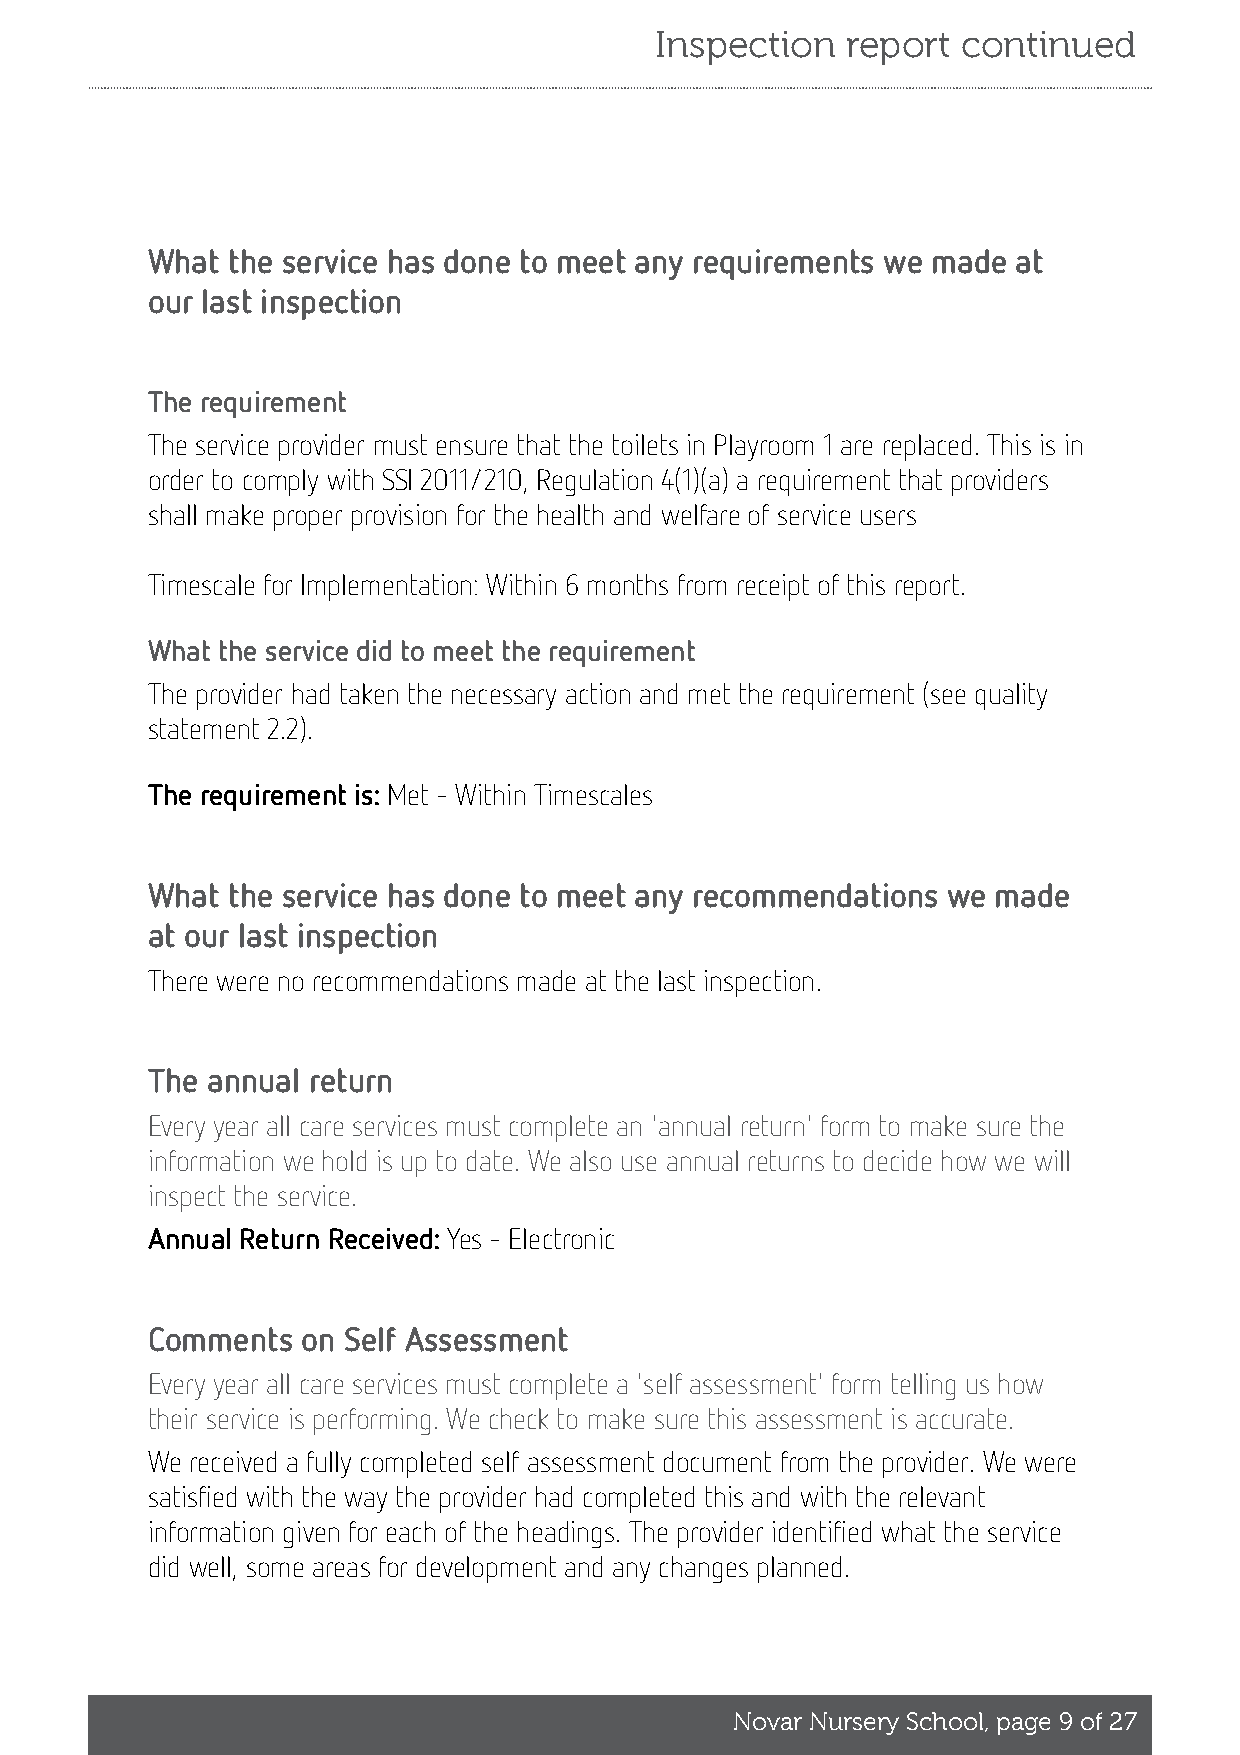
Inspection   report  continued
 What the service has done to meet any requirements we made at
 our last inspection
 The requirement
 The service provider must ensure that the toilets in Playroom 1 are replaced. This is in
 order to comply with SSI 2011/210, Regulation 4(1)(a) a requirement that providers
 shall make proper provision for the health and welfare of service users
 Timescale for Implementation: Within 6 months from receipt of this report.
 What the service did to meet the requirement
 The provider had taken the necessary action and met the requirement (see quality
 statement 2.2).
 The requirement is: Met - Within Timescales
 What the service has done to meet any recommendations we made
 at our last inspection
 There were no recommendations made at the last inspection.
 The annual return
 Every year all care services must complete an 'annual return' form to make sure the
 information we hold is up to date. We also use annual returns to decide how we will
 inspect the service.
 Annual Return Received: Yes - Electronic
 Comments  on Self Assessment
 Every year all care services must complete a 'self assessment' form telling us how
 their service is performing. We check to make sure this assessment is accurate.
 We received a fully completed self assessment document from the provider. We were
 satisfied with the way the provider had completed this and with the relevant
 information given for each of the headings. The provider identified what the service
 did well, some areas for development and any changes planned.
 Novar Nursery School, page 9 of 27